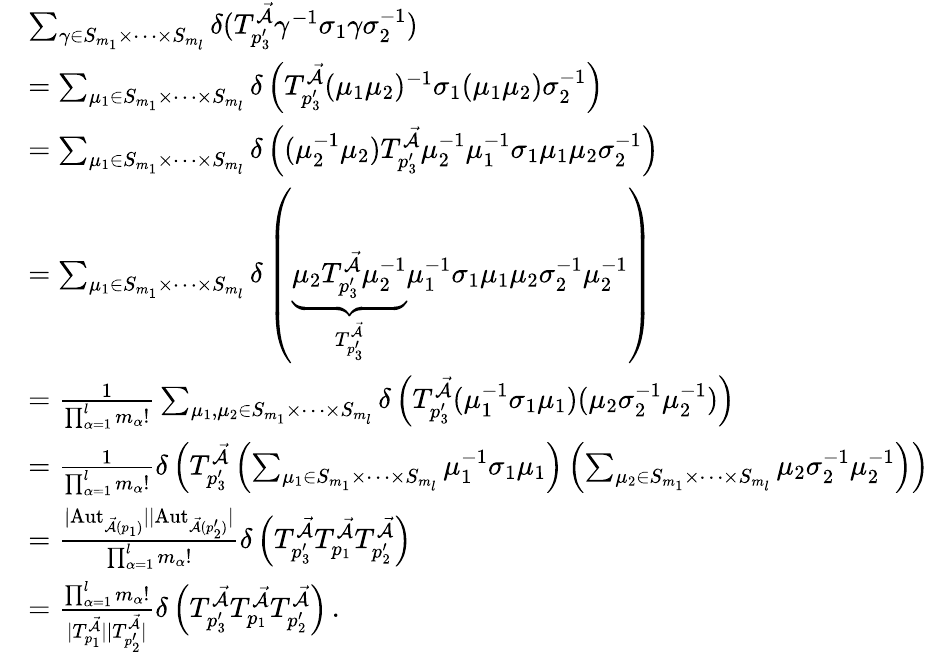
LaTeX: \begin{array}{rl}&{\sum_{\gamma\in S_{m_{1}}\times\dots\times S_{m_{l}}}\delta(T_{p_{3}^{\prime}}^{\mathcal{\vec{A}}}\gamma^{-1}\sigma_{1}\gamma\sigma_{2}^{-1})}\\ &{=\sum_{\mu_{1}\in S_{m_{1}}\times\dots\times S_{m_{l}}}\delta\left(T_{p_{3}^{\prime}}^{\mathcal{\vec{A}}}(\mu_{1}\mu_{2})^{-1}\sigma_{1}(\mu_{1}\mu_{2})\sigma_{2}^{-1}\right)}\\ &{=\sum_{\mu_{1}\in S_{m_{1}}\times\dots\times S_{m_{l}}}\delta\left((\mu_{2}^{-1}\mu_{2})T_{p_{3}^{\prime}}^{\mathcal{\vec{A}}}\mu_{2}^{-1}\mu_{1}^{-1}\sigma_{1}\mu_{1}\mu_{2}\sigma_{2}^{-1}\right)}\\ &{=\sum_{\mu_{1}\in S_{m_{1}}\times\dots\times S_{m_{l}}}\delta\left(\underbrace{\mu_{2}T_{p_{3}^{\prime}}^{\mathcal{\vec{A}}}\mu_{2}^{-1}}_{T_{p_{3}^{\prime}}^{\mathcal{\vec{A}}}}\mu_{1}^{-1}\sigma_{1}\mu_{1}\mu_{2}\sigma_{2}^{-1}\mu_{2}^{-1}\right)}\\ &{=\frac{1}{\prod_{\alpha=1}^{l}m_{\alpha}!}\sum_{\mu_{1},\mu_{2}\in S_{m_{1}}\times\dots\times S_{m_{l}}}\delta\left(T_{p_{3}^{\prime}}^{\mathcal{\vec{A}}}(\mu_{1}^{-1}\sigma_{1}\mu_{1})(\mu_{2}\sigma_{2}^{-1}\mu_{2}^{-1})\right)}\\ &{=\frac{1}{\prod_{\alpha=1}^{l}m_{\alpha}!}\delta\left(T_{p_{3}^{\prime}}^{\mathcal{\vec{A}}}\left(\sum_{\mu_{1}\in S_{m_{1}}\times\dots\times S_{m_{l}}}\mu_{1}^{-1}\sigma_{1}\mu_{1}\right)\left(\sum_{\mu_{2}\in S_{m_{1}}\times\dots\times S_{m_{l}}}\mu_{2}\sigma_{2}^{-1}\mu_{2}^{-1}\right)\right)}\\ &{=\frac{|\mathrm{Aut}_{\mathcal{\vec{A}}(p_{1})}||\mathrm{Aut}_{\mathcal{\vec{A}}(p_{2}^{\prime})}|}{\prod_{\alpha=1}^{l}m_{\alpha}!}\delta\left(T_{p_{3}^{\prime}}^{\mathcal{\vec{A}}}T_{p_{1}}^{\mathcal{\vec{A}}}T_{p_{2}^{\prime}}^{\mathcal{\vec{A}}}\right)}\\ &{=\frac{\prod_{\alpha=1}^{l}m_{\alpha}!}{|T_{p_{1}}^{\mathcal{\vec{A}}}||T_{p_{2}^{\prime}}^{\mathcal{\vec{A}}}|}\delta\left(T_{p_{3}^{\prime}}^{\mathcal{\vec{A}}}T_{p_{1}}^{\mathcal{\vec{A}}}T_{p_{2}^{\prime}}^{\mathcal{\vec{A}}}\right)\, .}\end{array}